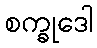
စက္ခုဒေါ